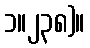
၁။၂၃၈)။